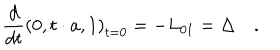
LaTeX: \frac d { d t } \left( 0 , t \cdot a , 1 \right) _ { t = 0 } = - L _ { 0 1 } = \Delta \quad .